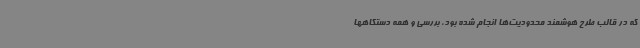
که در قالب طرح هوشمند محدودیت‌ها انجام شده بود، بررسی و همه دستگاهها